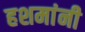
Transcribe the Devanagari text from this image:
हशमांनी